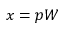
x = p W